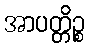
အာပတ္တိဉ္စ